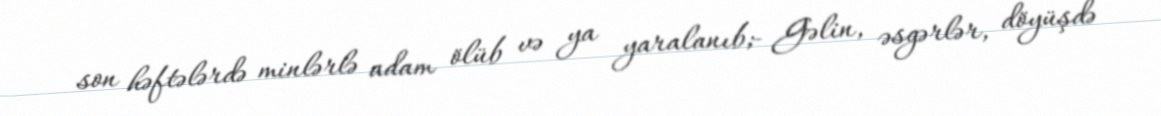
son həftələrdə minlərlə adam ölüb və ya yaralanıb;- Gəlin, əsgərlər, döyüşdə